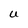
Character: U